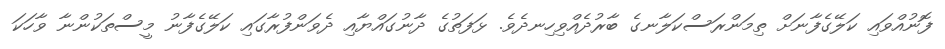
ފޮނުއްވައި ކަލޭގެފާނަށް ތިމަންރަސްކަލާނގެ ބާރުދެއްވިހިނދެވެ. ޅަފަތުގެ ދާނުގައްޔާއި ދެވަންފުރާގައި ކަލޭގެފާނު މީސްތަކުންނާ ވާހަކަ